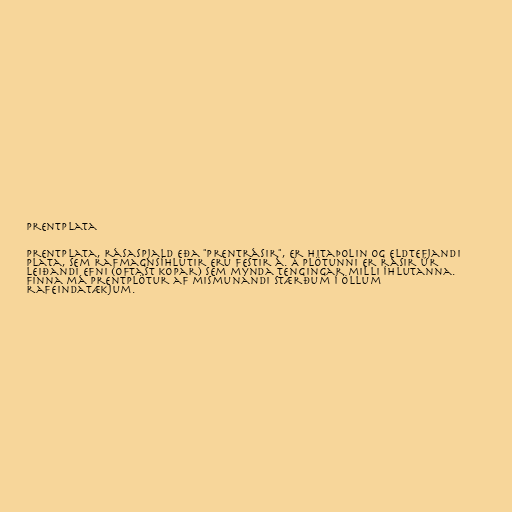
Prentplata

Prentplata, rásaspjald eða "prentrásir", er hitaþolin og eldtefjandi
plata, sem rafmagnsíhlutir eru festir á. Á plötunni er rásir úr
leiðandi efni (oftast kopar) sem mynda tengingar milli íhlutanna.
Finna má prentplötur af mismunandi stærðum í öllum
rafeindatækjum.